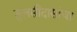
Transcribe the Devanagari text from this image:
तुलसीदासांचा